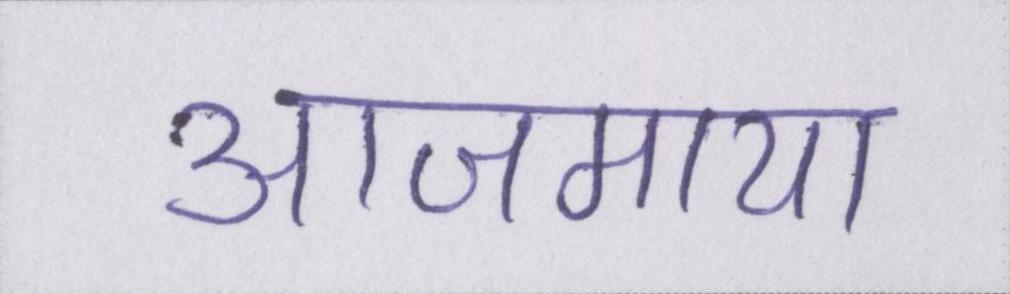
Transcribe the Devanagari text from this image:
आजमाया